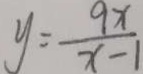
y = \frac { 9 x } { x - 1 }